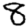
Digit: 8